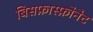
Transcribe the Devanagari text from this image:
बिसफ़ास्फ़ोनेट